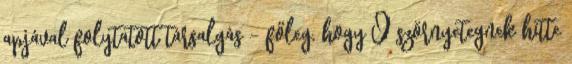
apjával folytatott társalgás – főleg, hogy Ő szörnyetegnek hitte